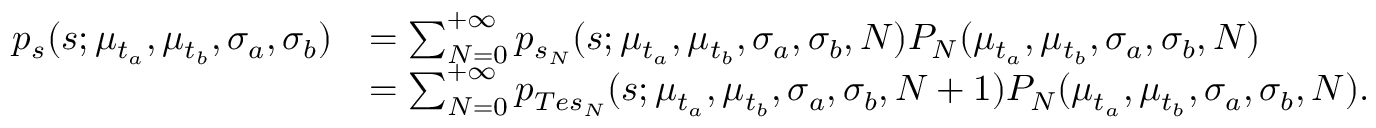
\begin{array} { r l } { p _ { s } ( s ; \mu _ { t _ { a } } , \mu _ { t _ { b } } , \sigma _ { a } , \sigma _ { b } ) } & { = \sum _ { N = 0 } ^ { + \infty } p _ { s _ { N } } ( s ; \mu _ { t _ { a } } , \mu _ { t _ { b } } , \sigma _ { a } , \sigma _ { b } , N ) P _ { N } ( \mu _ { t _ { a } } , \mu _ { t _ { b } } , \sigma _ { a } , \sigma _ { b } , N ) } \\ & { = \sum _ { N = 0 } ^ { + \infty } p _ { T e s _ { N } } ( s ; \mu _ { t _ { a } } , \mu _ { t _ { b } } , \sigma _ { a } , \sigma _ { b } , N + 1 ) P _ { N } ( \mu _ { t _ { a } } , \mu _ { t _ { b } } , \sigma _ { a } , \sigma _ { b } , N ) . } \end{array}